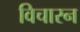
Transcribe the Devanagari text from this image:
विचारन